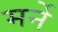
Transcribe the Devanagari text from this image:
मर्ने